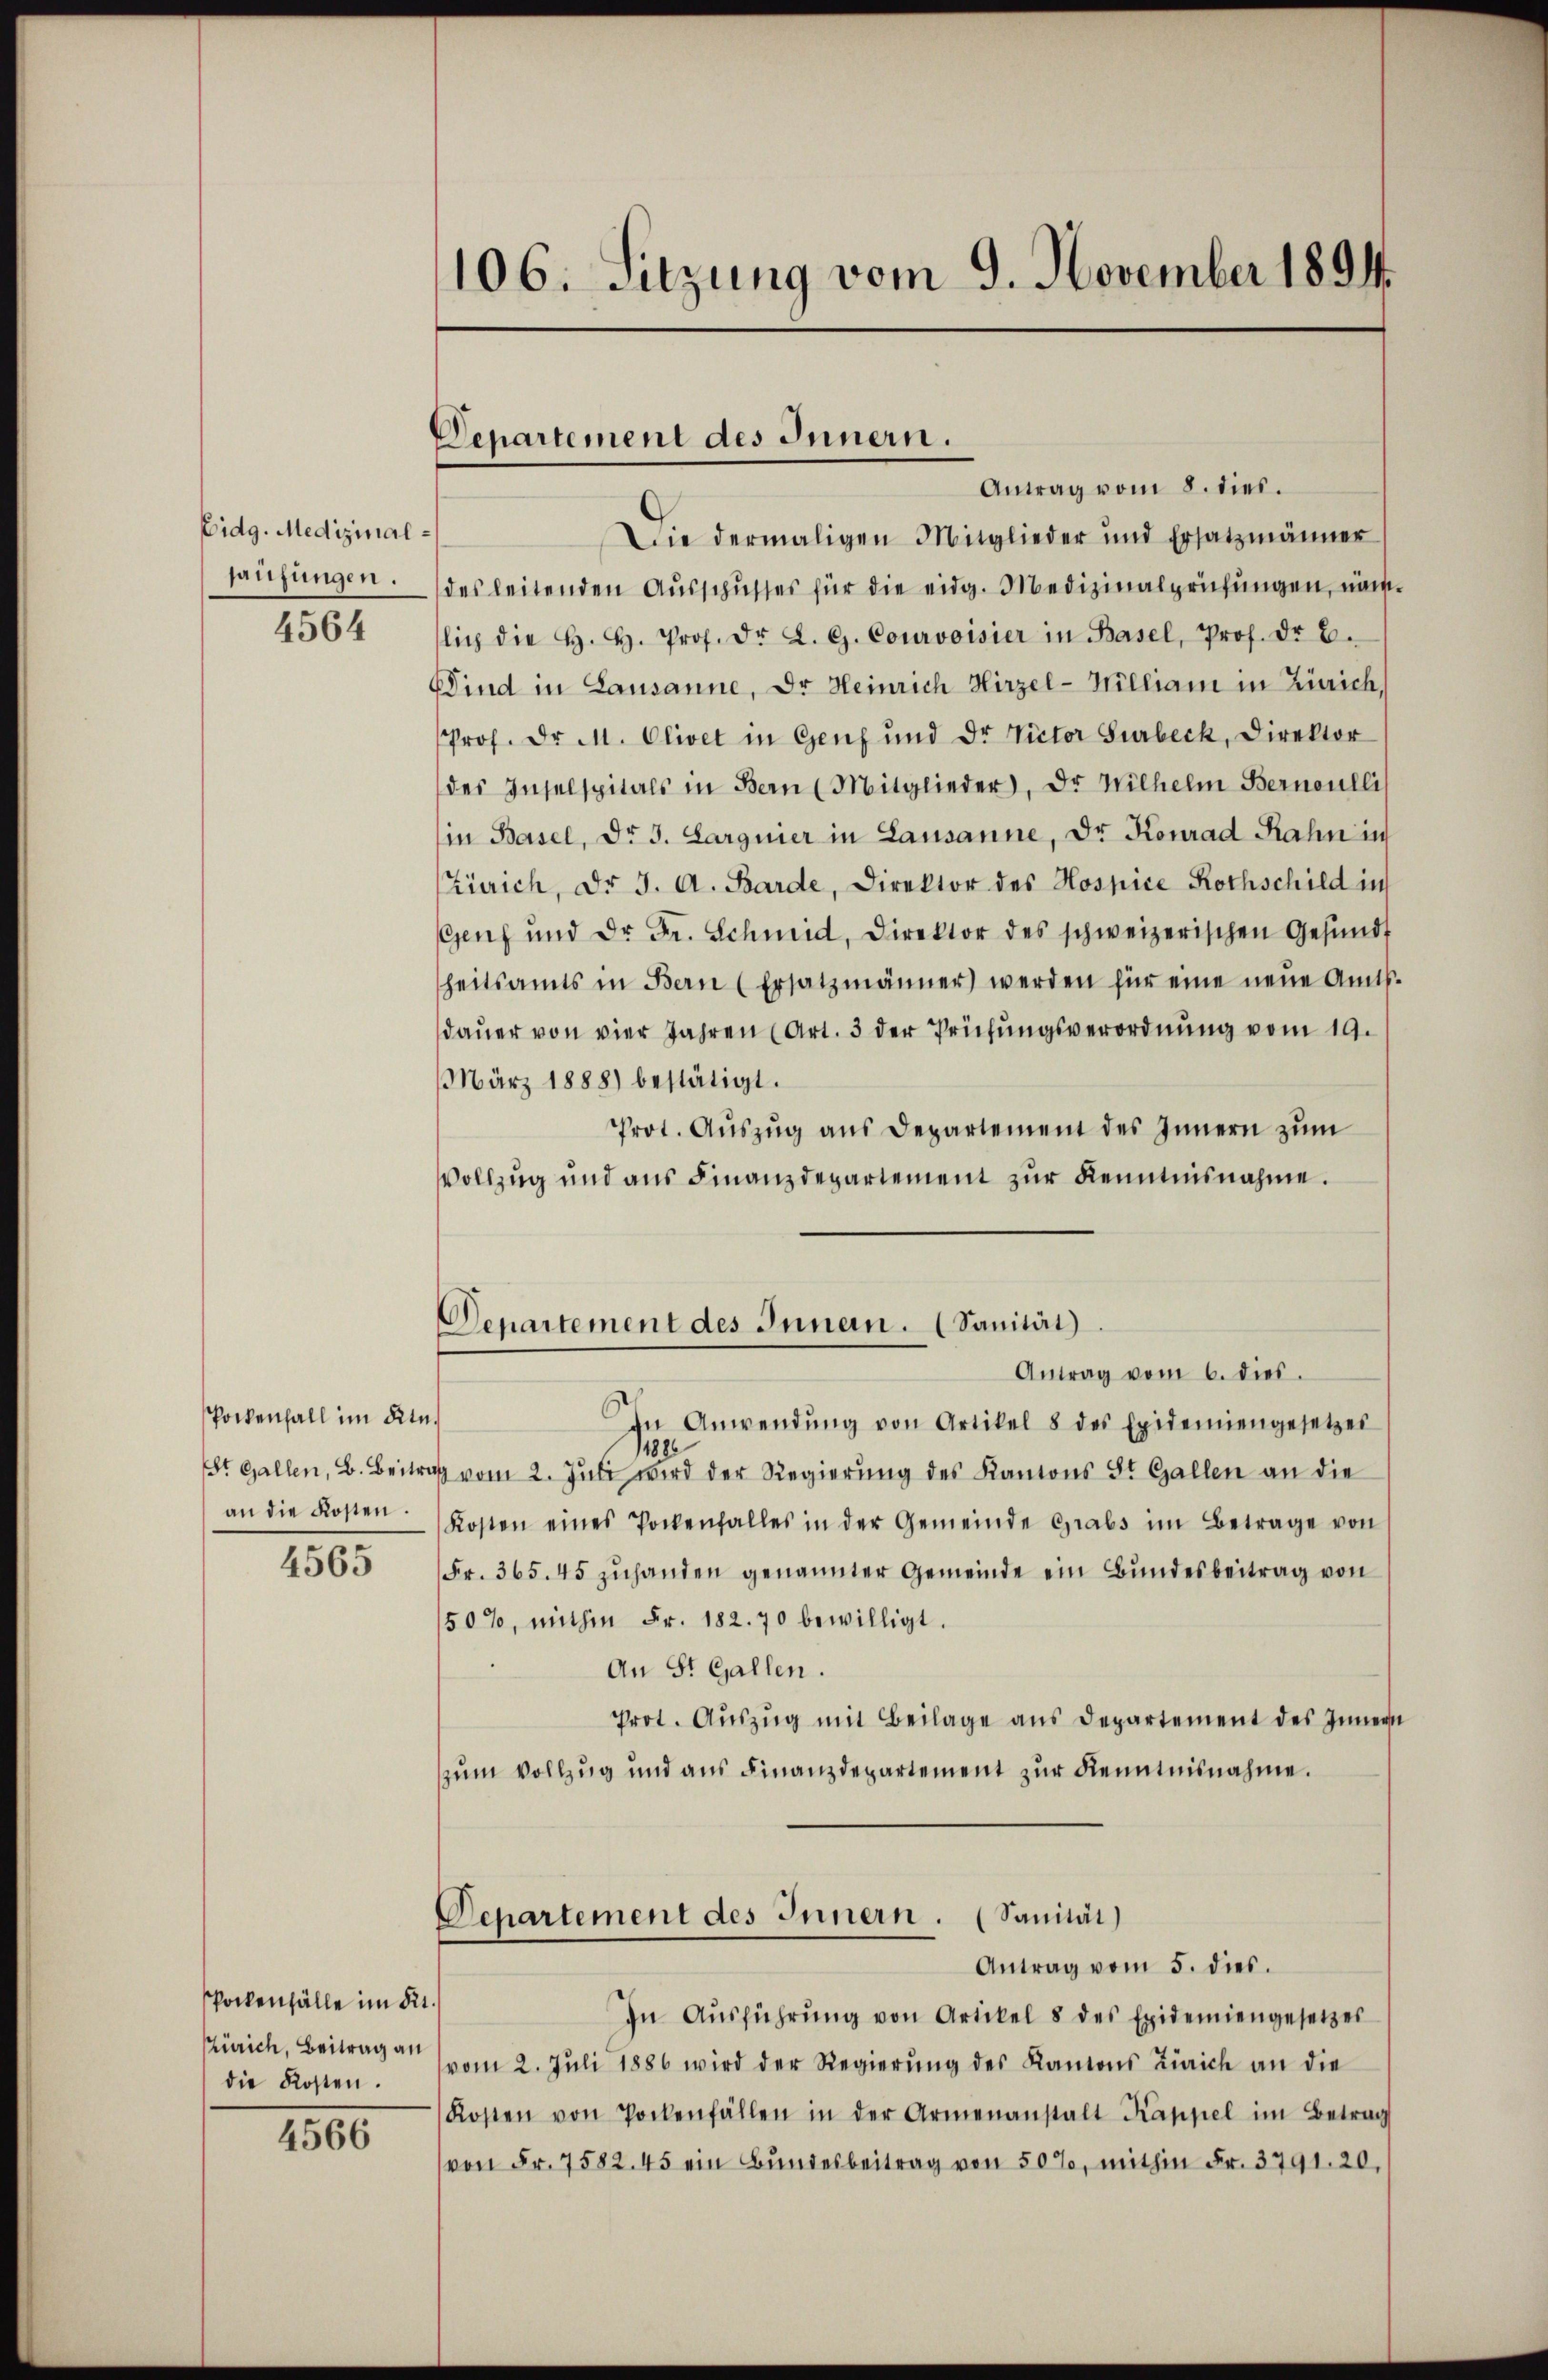
Eidg. Medizinal
prüfungen.

4564

Pockenhall im Stu
St. Gallen, B. Beitr.
an die Kosten.

4565

spockenfälle im Sit
Zürich, Beitrag an
die Kosten.

4566

106. Sitzung vom 9. November 1894.

Departement des Innern.

Departement des Innen. (Sanität)

Antrag vom 8. dies.
Die dermaligen Mitglieder und Ersatzmänner
des leitenden Ausschusses für die eidg. Medizinalprüfungen, nämlich die H. H. Prof. Dr. L. G. Courvoisier in Basel, Prof. Dr. B.
Sind in Lausanne, Dr. Heinrich Hirzel-Milliam in Zürich,
Prof. Dr. M. Olivet in Genf und Dr. Victor Surbeck, Direktor
des Inselspitals in Bern (Mitglieder, Dr. Wilhelm Bernoulli
in Basel, Dr. J. Largnier in Lausanne, Dr. Konrad Rahn in
Zürich, Dr. J. A. Barde, Direktor des Hospice Rothschild im
Genf und Dr. Fr. Schmid, Direktor des schweizerischen Gesundt
heitsamts in Bern (Ersatzmänner werden für eine neŭe Amts-
dauer von vier Jahren (Art. 3 der Prüfungsverordnung vom 19.
März 1888) bestätigt.
Prot. Auszug aus Departement des Innern zum
Vollzug und aus Finanzdepartement zur Kenntnisnahme.
Antrag vom 6. dies.
In Anwendŭng von Artikel 8 des Epidemiengesetzes
11886
a vom 2. Jŭli wird der Regierŭng des Kantons St. Gallen an die
Kosten eines Pockenfalles in der Gemeinde Grabs im Betrage von
Fr. 365. 45 zuhanden genannter Gemeinde ein Bundesbeitrag von
50%, mithin Fr. 182. 70 bewilligt.
An St. Gallen.
Prot. Auszug mit Beilage aus Departement des Innern
zum Vollzug und aus Finanzdepartement zur Kenntnisnahme.
Departement des Innern. (Sanität)
Antrag vom 5. dies.
In Aŭsführŭng von Artikel 8 des Epidemiengesetzes
vom 2. Jŭli 1886 wird der Regierŭng des Kantons Zürich an die
Kosten von Pockenfällen in der Armenanstalt Kappel im Betrag
von Fr. 7582. 45 ein Bŭndesbeitrag von 50%, mithin Fr. 3791. 20.